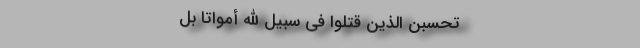
تَحْسَبَنَّ الَّذِینَ قُتِلُوا فِی سَبِیلِ اللَّهِ أَمْوَاتًا بَلْ